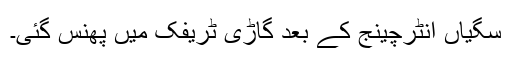
سگیاں انٹرچینج کے بعد گاڑی ٹریفک میں پھنس گئی۔